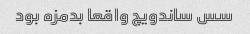
سس ساندویچ واقعا بدمزه بود